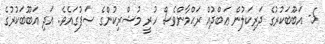
5- އަބޫބަކުރުގެ ދަރިކަލުން ޢަބްދުއް ރަޙްމާންވެސް ހުރީ މުޝްރިކުންގެ ސަފުގައެވެ. އަދި އަބޫބަކުރުގެ